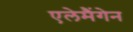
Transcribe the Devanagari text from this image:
एलेमैंगेन